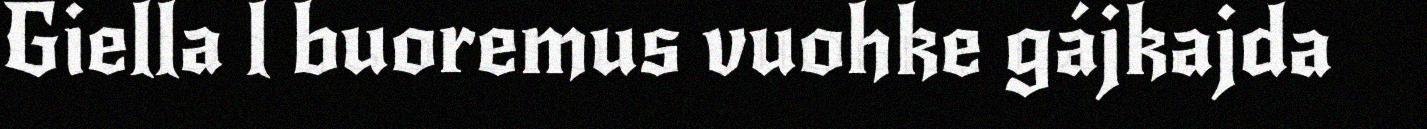
Giella l buoremus vuohke gájkajda